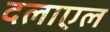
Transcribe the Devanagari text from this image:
दलाएल